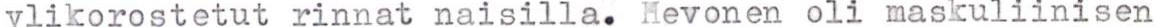
ylikorostetut rinnat naisilla. Hevonen oli maskuliinisen